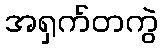
အရှက်တကွဲ